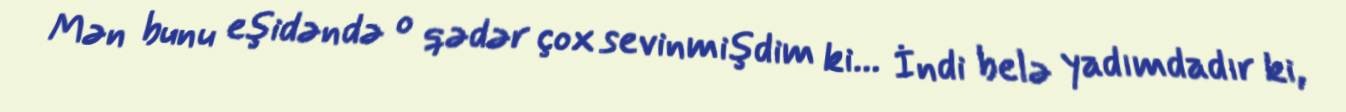
Mən bunu eşidəndə o qədər çox sevinmişdim ki... İndi belə yadımdadır ki,